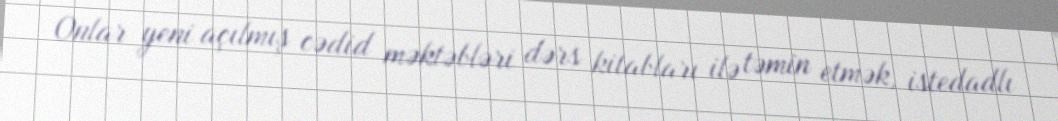
Onlar yeni açılmış cədid məktəbləri dərs kitabları ilə təmin etmək, istedadlı